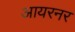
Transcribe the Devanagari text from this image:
आयरनर